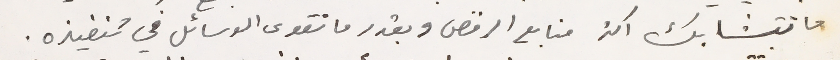
ما تتشابك اكثر منابع الرفض وبقدر ما تقوى الوسائل في تنفيذه.